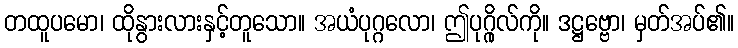
တထူပမော၊ ထိုနွားလားနှင့်တူသော။ အယံပုဂ္ဂလော၊ ဤပုဂ္ဂိုလ်ကို။ ဒဋ္ဌဗ္ဗော၊ မှတ်အပ်၏။